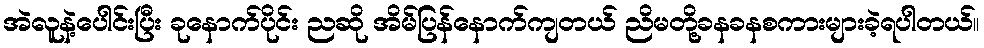
အဲလူနဲ့ပေါင်းပြီး ခုနောက်ပိုင်း ညဆို အိမ်ပြန်နောက်ကျတယ် ညိမတို့ခနခနစကားများခဲ့ရပါတယ်။